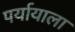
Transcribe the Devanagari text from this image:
पर्यायाला